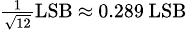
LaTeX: \scriptstyle{\frac{1}{\sqrt{12}}}\mathrm{LSB}\ \approx\ 0.289\, \mathrm{LSB}